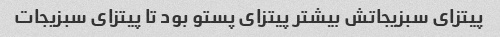
پیتزای سبزیجاتش بیشتر پیتزای پستو بود تا پیتزای سبزیجات